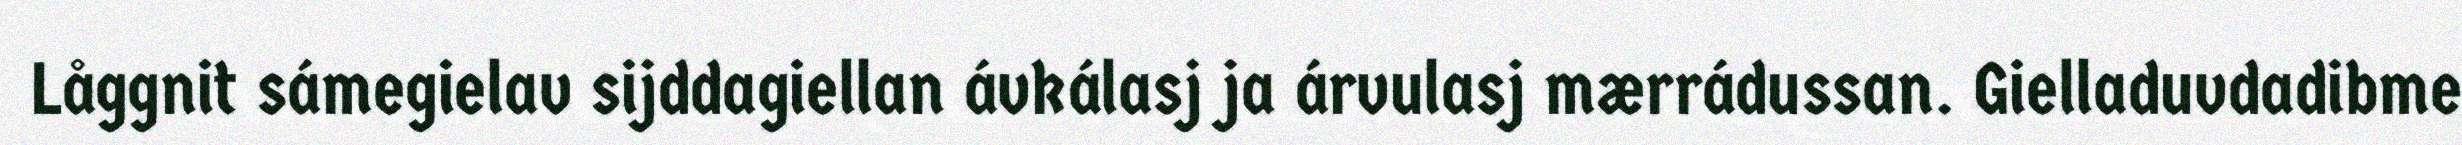
Låggnit sámegielav sijddagiellan ávkálasj ja árvulasj mærrádussan. Gielladuvdadibme